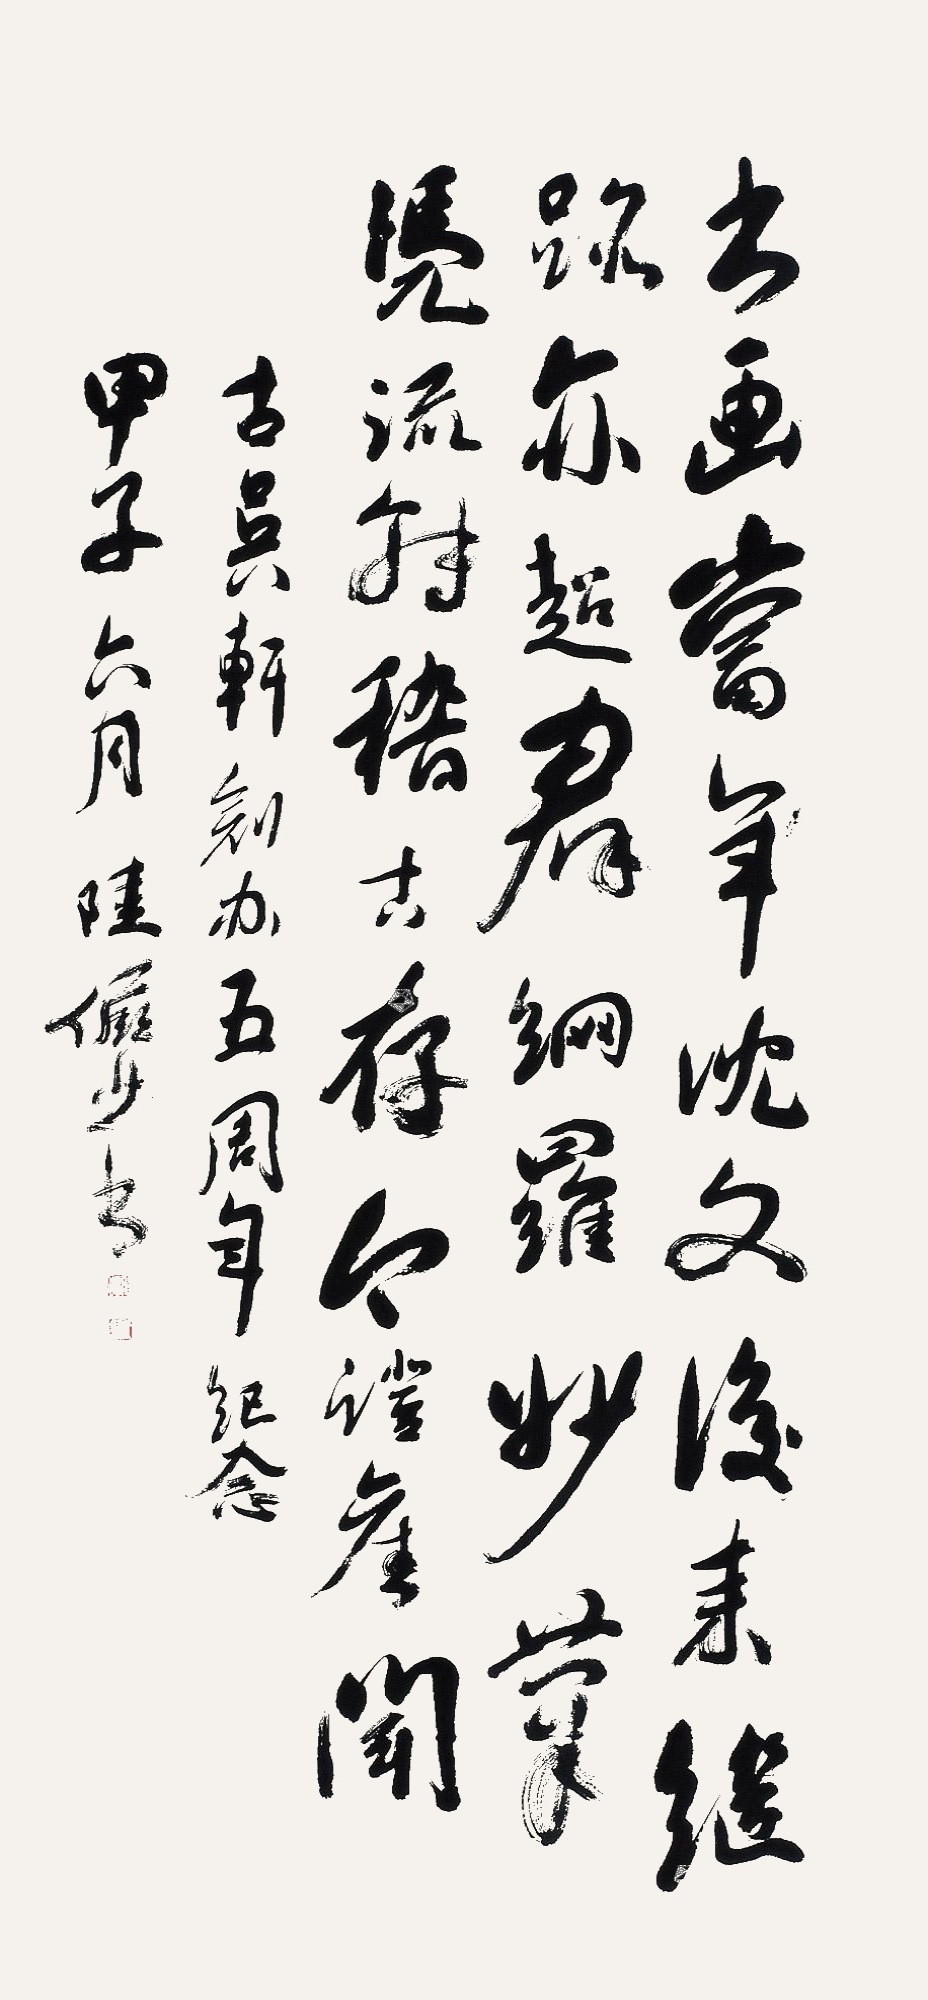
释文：书画当年沈文后来继迹亦超群网罗妙笔凭流转稽古存今证旧闻古吴轩创办五周年纪念甲子六月陆俨少书